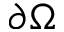
\partial \Omega